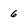
Character: 6